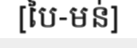
[បៃ-មន់]